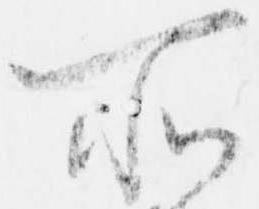
所